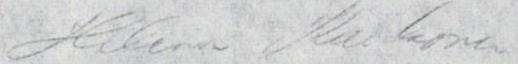
Helena Kaukonen